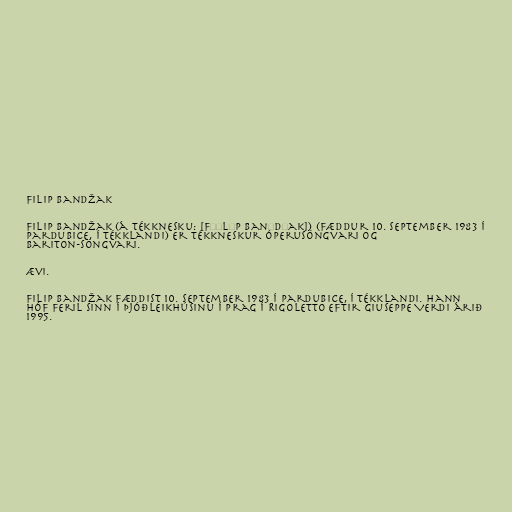
Filip Bandžak

Filip Bandžak (á tékknesku: [fɪˈlɪp banˈdʒak]) (fæddur 10. september 1983 í
Pardubice, í Tékklandi) er tékkneskur óperusöngvari og
bariton-söngvari.

Ævi.

Filip Bandžak fæddist 10. september 1983 í Pardubice, í Tékklandi. Hann
hóf feril sinn í Þjóðleikhúsinu í Prag í Rigoletto eftir Giuseppe Verdi árið
1995.